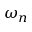
\omega _ { n }